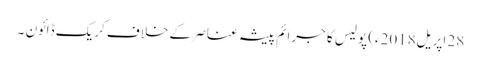
28 اپریل2018ء) پولیس کا جرائم پیشہ عناصر کے خلاف کریک ڈائون ۔